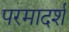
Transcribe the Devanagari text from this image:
परमादर्श